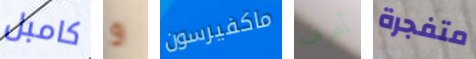
كامبل و ماكفيرسون أعرف متفجرة